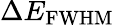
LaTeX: \Delta E_{\mathrm{FWHM}}